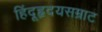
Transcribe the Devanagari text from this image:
हिंदूहृदयसम्राट